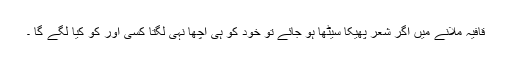
قافیہ ملانے میں اگر شعر پھیکا سیٹھا ہو جائے تو خود کو ہی اچھا نہی لگتا کسی اور کو کیا لگے گا ۔